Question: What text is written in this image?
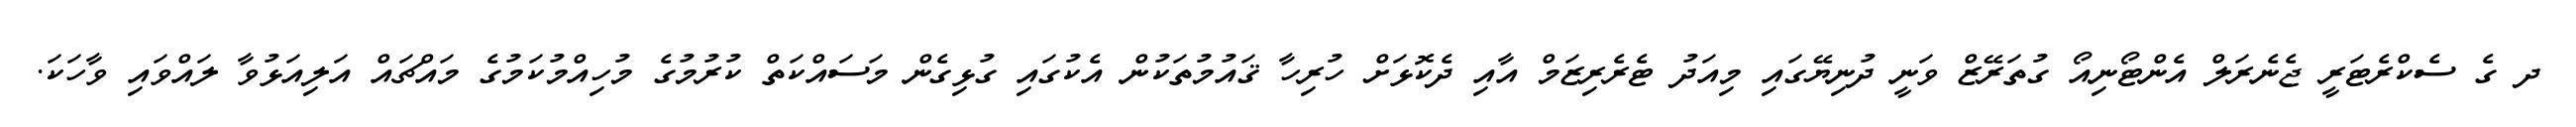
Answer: ދ ގެ ސެކްރެޓަރީ ޖެނެރަލް އެންޓޯނިއޯ ގުތަރޭޒް ވަނީ ދުނިޔޭގައި މިއަދު ޓެރެރިޒަމް އާއި ދެކޮޅަށް ހުރިހާ ޤައުމުތަކުން އެކުގައި ގުޅިގެން މަސައްކަތް ކުރުމުގެ މުހިއްމުކަމުގެ މައްޗައް އަލިއަޅުވާ ލައްވައި ވާހަކަ.